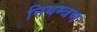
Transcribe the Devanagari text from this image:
नियम्त्रण